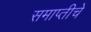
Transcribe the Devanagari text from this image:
समाप्तीचे